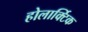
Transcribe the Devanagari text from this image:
होलार्क्टिक